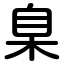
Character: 臬